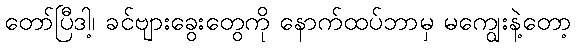
တော်ပြီဒါ့၊ ခင်ဗျားခွေးတွေကို နောက်ထပ်ဘာမှ မကျွေးနဲ့တော့